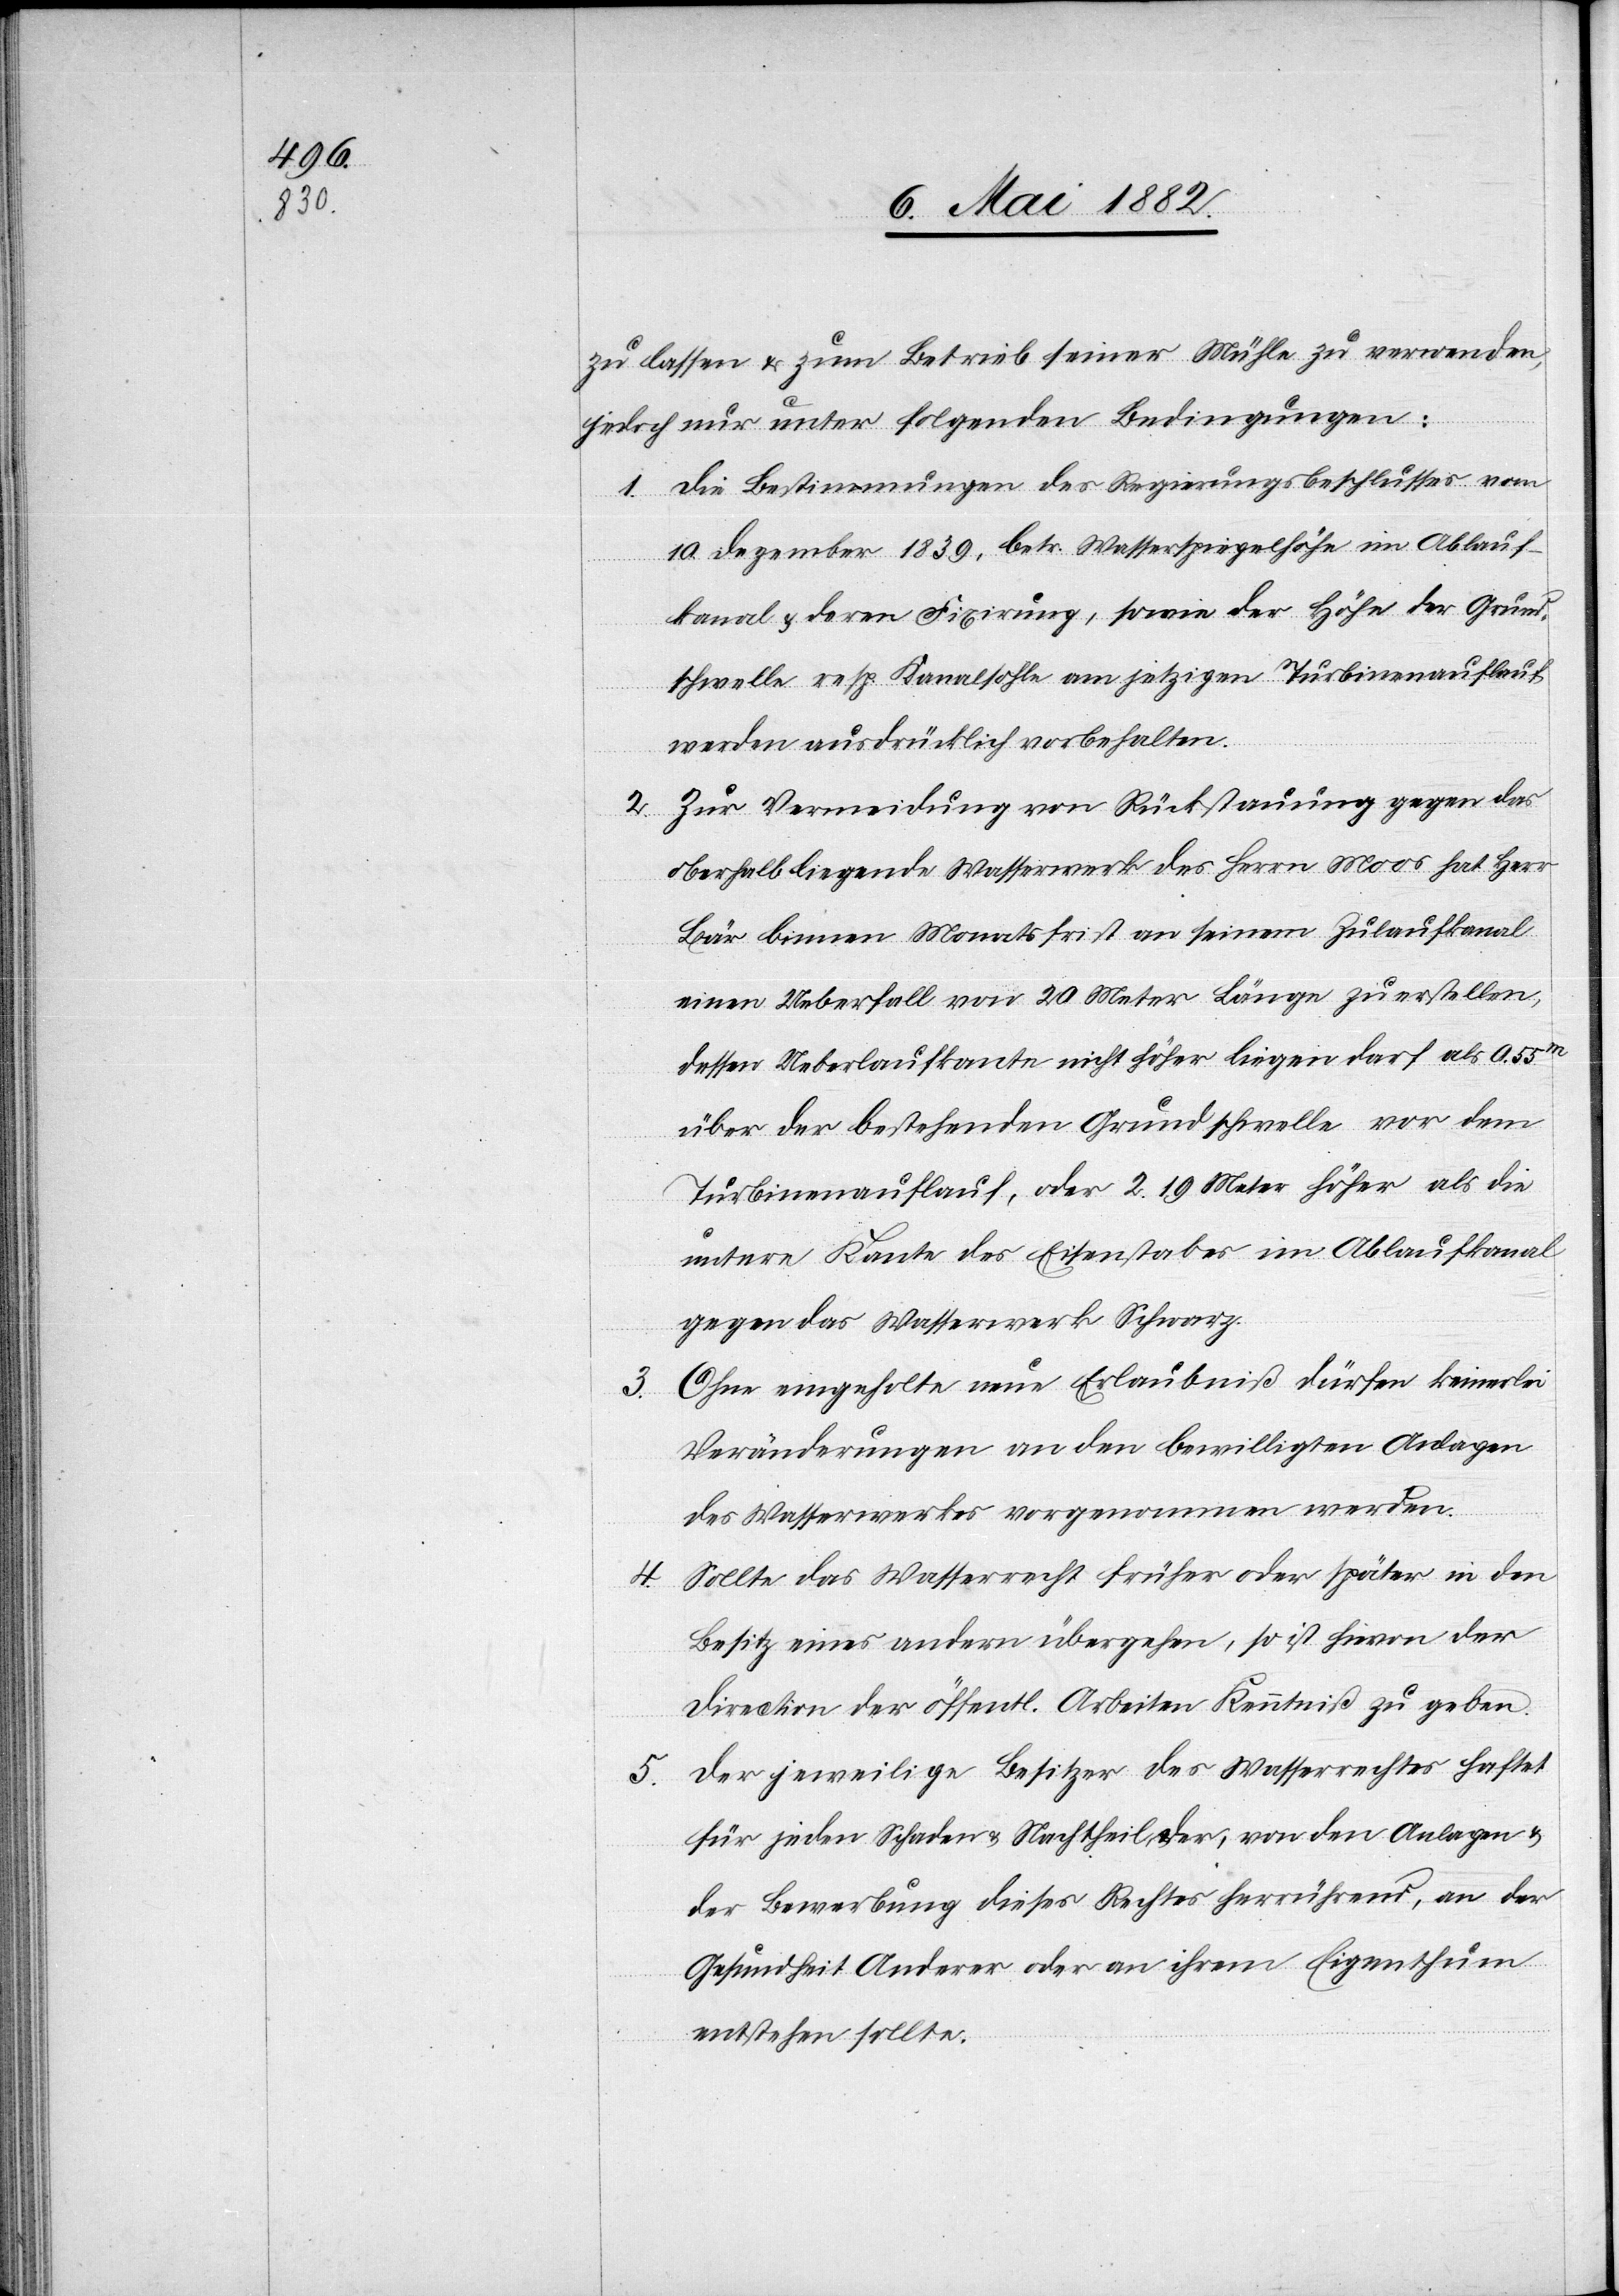
zu lassen & zum Betrieb seiner Mühle zu verwenden,
jedoch nur unter folgenden Bedingungen:
1. Die Bestimmungen des Regierungsbeschlusses vom
10. Dezember 1839, betr. Wasserspiegelhöhe im Ablauf¬
kanal & deren Fixirung, sowie der Höhe der Grund¬
schwelle resp. Kanalsohle am jetzigen Turbinenauflauf
3.
werden ausdrücklich vorbehalten.
Zur Vermeidung von Rückstauung gegen das
2.
oberhalb liegende Wasserwerk des Herrn Moos hat Herr
Bär binnen Monatsfrist an seinem Zulaufkanal
einen Ueberfall von 20 Meter Länge zu erstellen,
dessen Ueberfallskante nicht höher liegen darf als 0.55m
über der bestehenden Grundschwelle vor dem
Turbinenauflauf, oder 2.19 Meter höher als die
untere Kante des Eisenstabes im Ablaufkanal
gegen das Wasserwerk Schwarz.
Ohne eingeholte neue Erlaubniß dürfen keinerlei
Veränderungen an den bewilligten Anlagen
des Wasserwerkes vorgenommen werden.
Sollte das Wasserrecht früher oder später in den
4.
Besitz eines andern übergehen, so ist hievon der
Direction der öffentl. Arbeit Kenntniß zu geben.
5. Der jeweilige Besitzer des Wasserrechtes haftet
für jeden Schaden & Nachtheil, der, von den Anlagen &
der Bewerbung dieses Rechtes herrührend, an der
Gesundheit Anderer oder an ihrem Eigenthume
entstehen sollte.